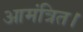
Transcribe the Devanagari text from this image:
आमंत्रित।